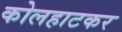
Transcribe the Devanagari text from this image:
कोलहाटकर